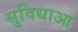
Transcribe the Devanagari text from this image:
सुविधाआ